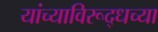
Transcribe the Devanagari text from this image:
यांच्याविरूद्धच्या